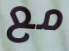
مع